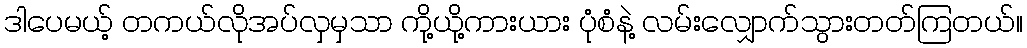
ဒါပေမယ့် တကယ်လိုအပ်လှမှသာ ကို့ယို့ကားယား ပုံစံနဲ့ လမ်းလျှောက်သွားတတ်ကြတယ်။